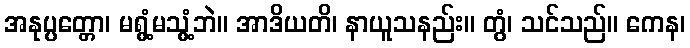
အနုပ္ပတ္တော၊ မရွံ့မသွံ့ဘဲ။ အာဒိယတိ၊ နာယူသနည်း။ တွံ၊ သင်သည်။ ကေန၊